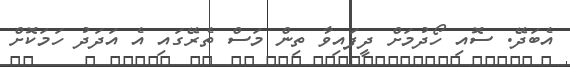
އެބަދޭ. ސޮއި ހޯދުމަށް ދީފައިވާ ތިން މަސް ތެރޭގައި އެ އަދަދު ހަމަކޮށް